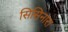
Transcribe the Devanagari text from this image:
सिसिनारा